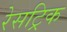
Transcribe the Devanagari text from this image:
रेसट्रिक